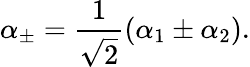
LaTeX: \alpha_{\pm}={\frac{1}{\sqrt 2}}(\alpha_{1}\pm\alpha_{2}).